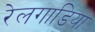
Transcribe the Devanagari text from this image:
रेलगाडिया